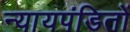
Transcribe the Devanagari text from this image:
न्यायपंडितों